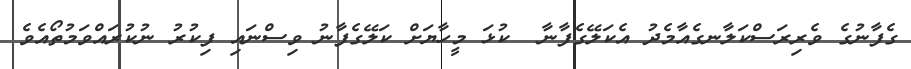
ގެފާނުގެ ވެރިރަސްކަލާނގެއާމެދު އެކަލޭގެފާނާ  ކުޅަ މީހާޔަށް ކަލޭގެފާނު ވިސްނައި ފިކުރު ނުކުރައްވަމުތޯއެވެ